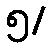
၅/